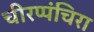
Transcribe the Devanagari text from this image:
चीरप्पंचिरा